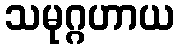
သမုဂ္ဂဟာယ